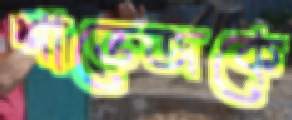
শাভেজকে